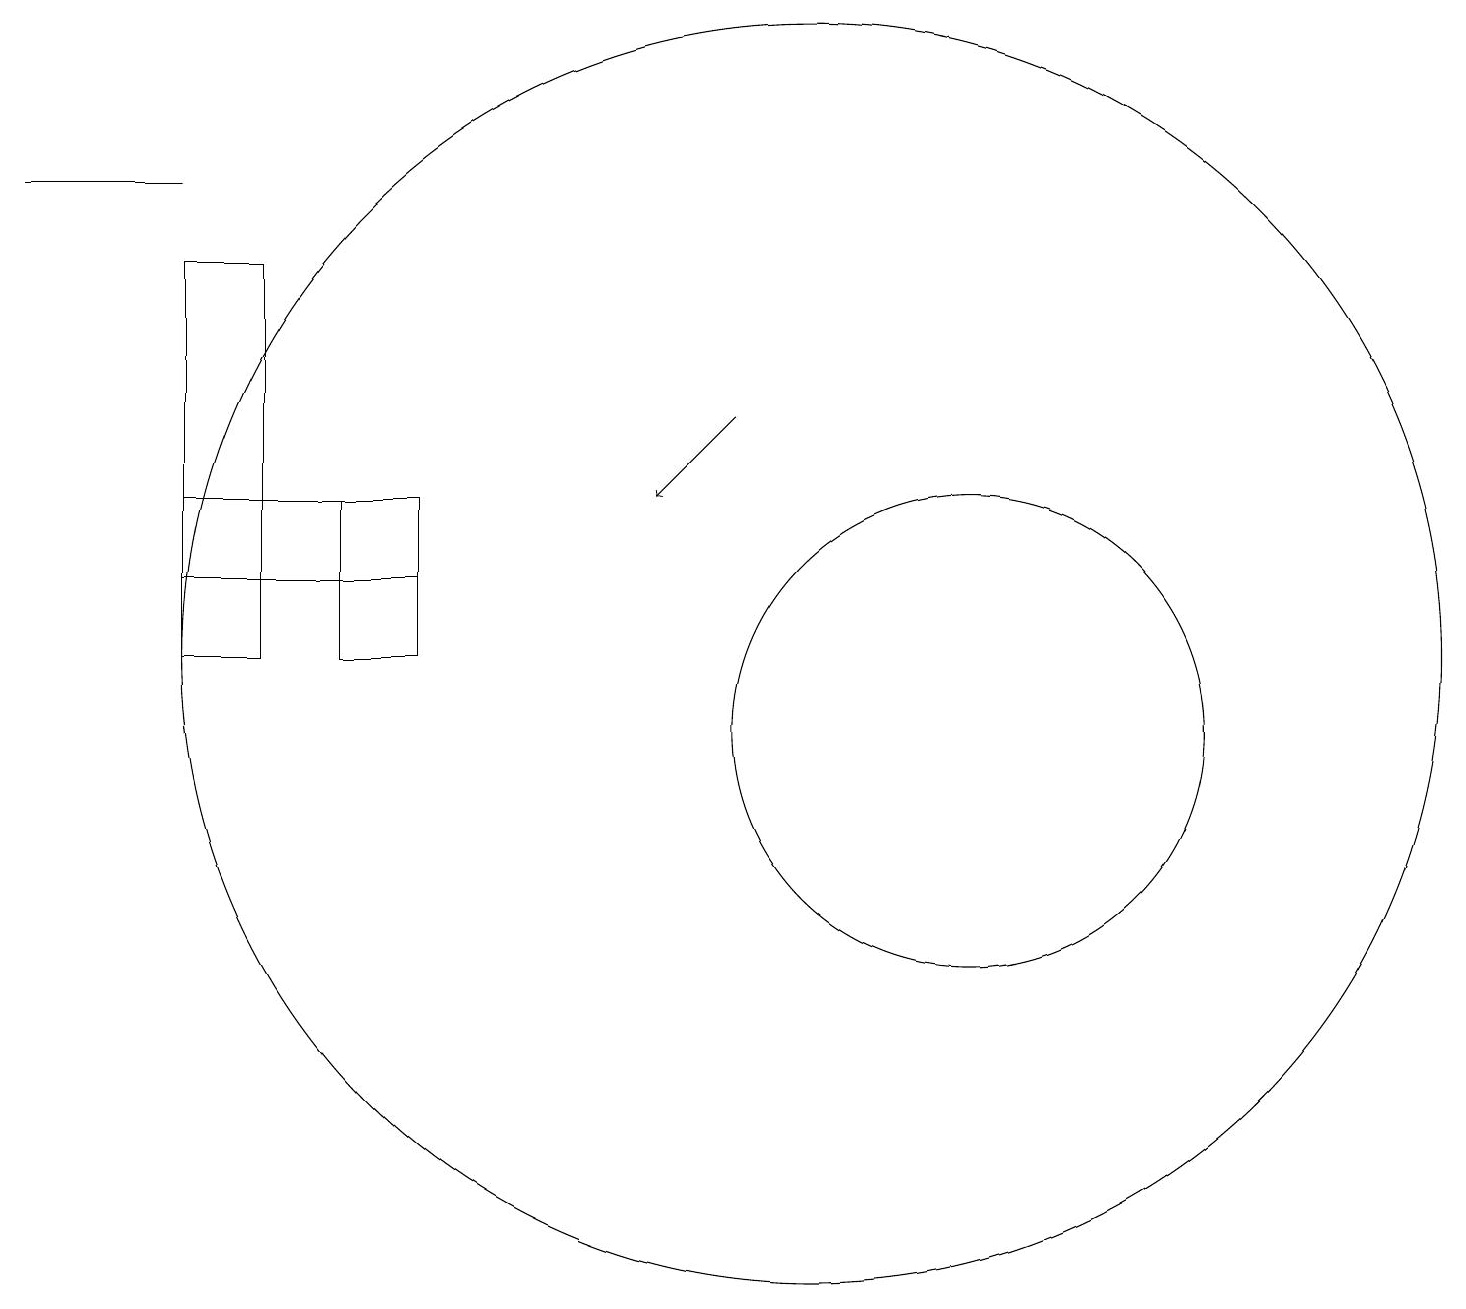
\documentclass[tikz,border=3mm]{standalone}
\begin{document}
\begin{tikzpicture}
\draw (5,11) rectangle (4,13);
\draw (2,17) rectangle (0,17);
\draw (2,12) rectangle (5,13);
\draw (2,11) rectangle (3,16);
\draw (12,10) circle (3);
\draw (10,11) circle (8);
\draw[->] (9,14) -- (8,13);
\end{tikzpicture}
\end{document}